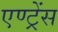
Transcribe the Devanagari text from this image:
एण्ट्रेंस